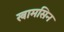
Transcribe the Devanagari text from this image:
खामसिन